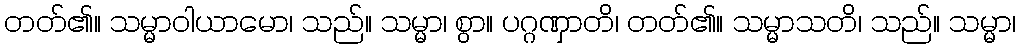
တတ်၏။ သမ္မာဝါယာမော၊ သည်။ သမ္မာ၊ စွာ။ ပဂ္ဂဏှာတိ၊ တတ်၏။ သမ္မာသတိ၊ သည်။ သမ္မာ၊